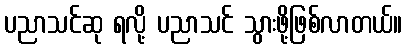
ပညာသင်ဆု ရလို့ ပညာသင် သွားဖို့ဖြစ်လာတယ်။